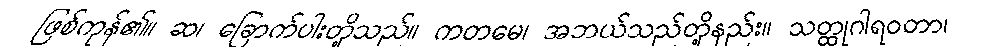
ဖြစ်ကုန်၏။ ဆ၊ ခြောက်ပါးတို့သည်။ ကတမေ၊ အဘယ်သည်တို့နည်း။ သတ္ထုဂါရဝတာ၊